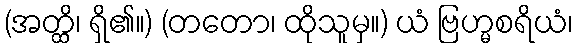
(အတ္ထိ၊ ရှိ၏။) (တတော၊ ထိုသူမှ။) ယံ ဗြဟ္မစရိယံ၊